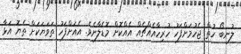
ލުނބޯ ހުތް ޖެހުމަށްފަހު ހުރިހާއެއްޗެއް އެއްކޮށް މޮޑެލާށެވެ. އެއަށްފަހު ތަވަޔަކަށް ތެޔޮ އަޅާ